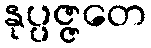
နုပ္ပဇ္ဇတေ